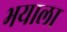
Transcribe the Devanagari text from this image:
भयाला